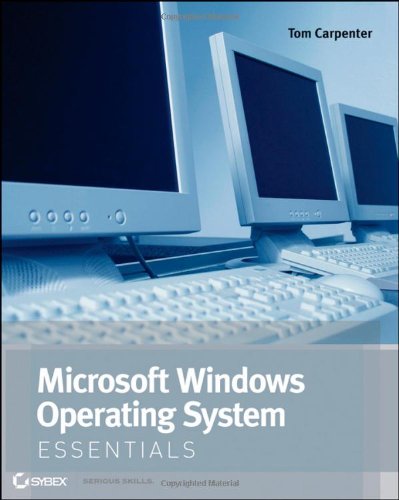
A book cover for Microsoft Windows Operating System Essentials; Tom Carpenter; Computers & Technology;